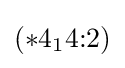
(*4_{1}4{:}2)